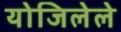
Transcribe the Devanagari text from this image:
योजिलेले